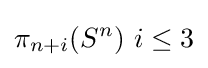
\pi _{n+i}(S^{n})\ i\leq 3